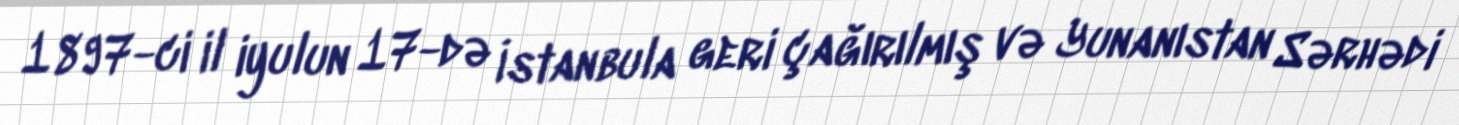
1897-ci il iyulun 17-də İstanbula geri çağırılmış və Yunanıstan Sərhədi